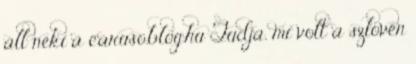
áll neki a caruso.blog.hu Tudja, mi volt a szlovén